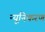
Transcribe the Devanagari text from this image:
न्यूनिकरण